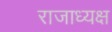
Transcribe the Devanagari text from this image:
राजाध्‍यक्ष